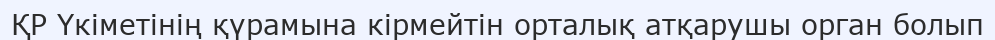
ҚР Үкіметінің қүрамына кірмейтін орталық атқарушы орган болып